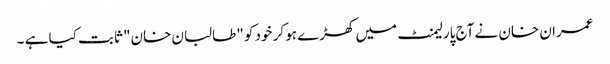
عمران خان نے آج پارلیمنٹ میں کھڑے ہو کر خود کو "طالبان خان" ثابت کیا ہے ۔